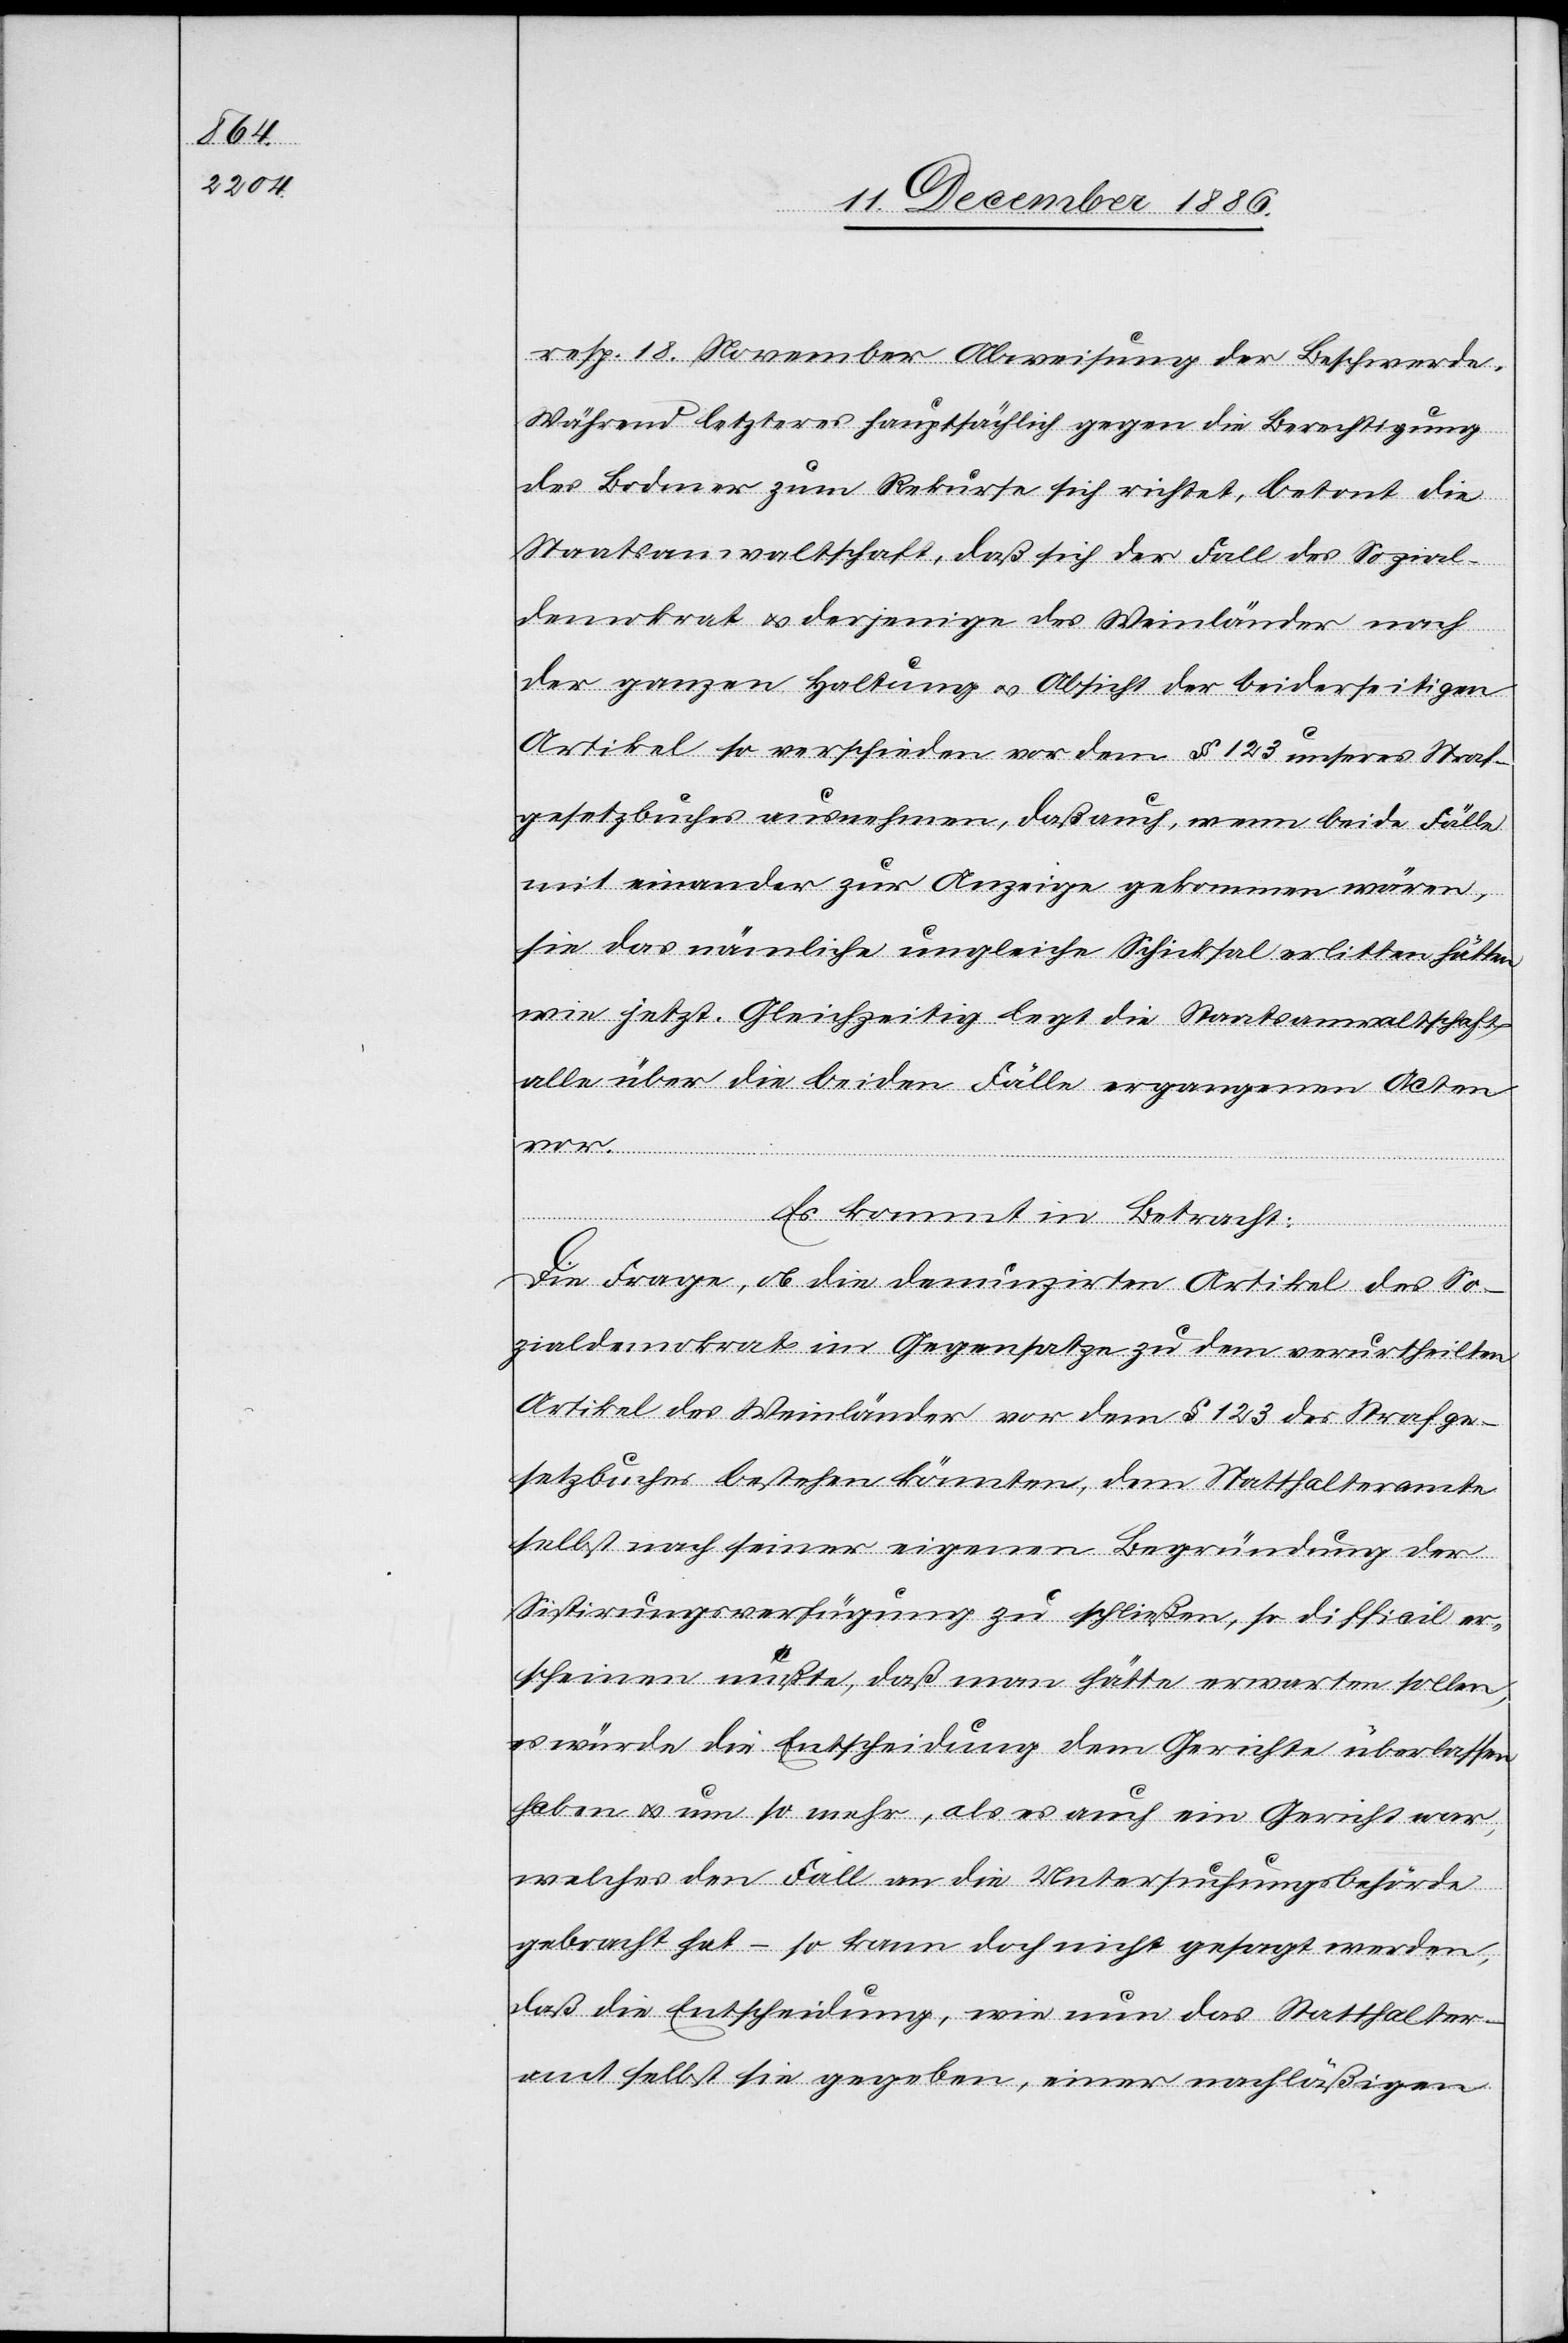
resp. 18. November Abweisung der Beschwerde.
Während letzteres hauptsächlich gegen die Berechtigung
des Bodmer zum Rekurse sich richtet, betont die
Staatsanwaltschaft, daß sich der Fall des Sozial¬
demokrat & derjenige des Weinländer nach
der ganzen Haltung & Absicht der beiderseitigen
Artikel so verschieden vor dem § 123 unseres Straf¬
gesetzbuches ausnehmen, daß auch, wenn beide Fälle
mit einander zur Anzeige gekommen wären,
sie das nämliche ungleiche Schicksal erlitten hätten
wie jetzt. Gleichzeitig legt die Staatsanwaltschaft
alle über die beiden Fälle ergangenen Acten
vor.
Es kommt in Betracht:
Die Frage, ob die denunzirten Artikel des So¬
zialdemokrat im Gegensatze zu dem verurtheilten
Artikel des Weinländer vor dem § 123 des Strafge¬
setzbuches bestehen könnten, dem Statthalteramte
selbst nach seiner eigenen Begründung der
Sistirungsverfügung zu schließen, so difficil er¬
scheinen mußte [sic!], daß man hätte erwarten sollen,
es würde die Entscheidung dem Gerichte überlassen
haben & um so mehr, als es auch ein Gericht war,
welches den Fall an die Untersuchungsbehörde
gebracht hat – so kann doch nicht gesagt werden,
daß die Entscheidung, wie nun das Statthalter¬
amt selbst sie gegeben, einer nachläßigen